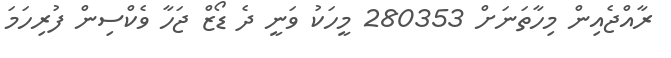
ރާއްޖެއިން މިހާތަނަށް 280353 މީހަކު ވަނީ ދެ ޑޯޒް ޖަހާ ވެކްސިން ފުރިހަމަ